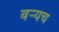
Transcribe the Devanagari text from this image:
बर्‍यच